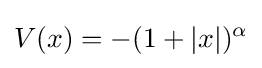
V(x)=-(1+|x|)^{\alpha }